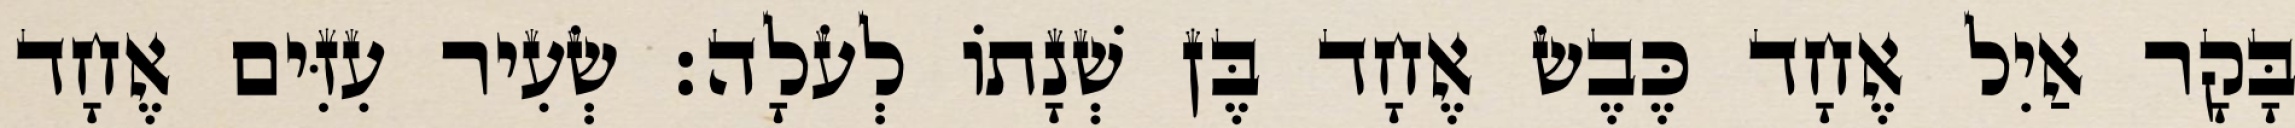
בָּקָר אַיִל אֶחָד כֶּבֶשׂ אֶחָד בֶּן שְׁנָתוֹ לְעֹלָה׃ שְׂעִיר עִזִּים אֶחָד